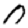
Digit: 0